Trukikaitis_Postimees, lk 502
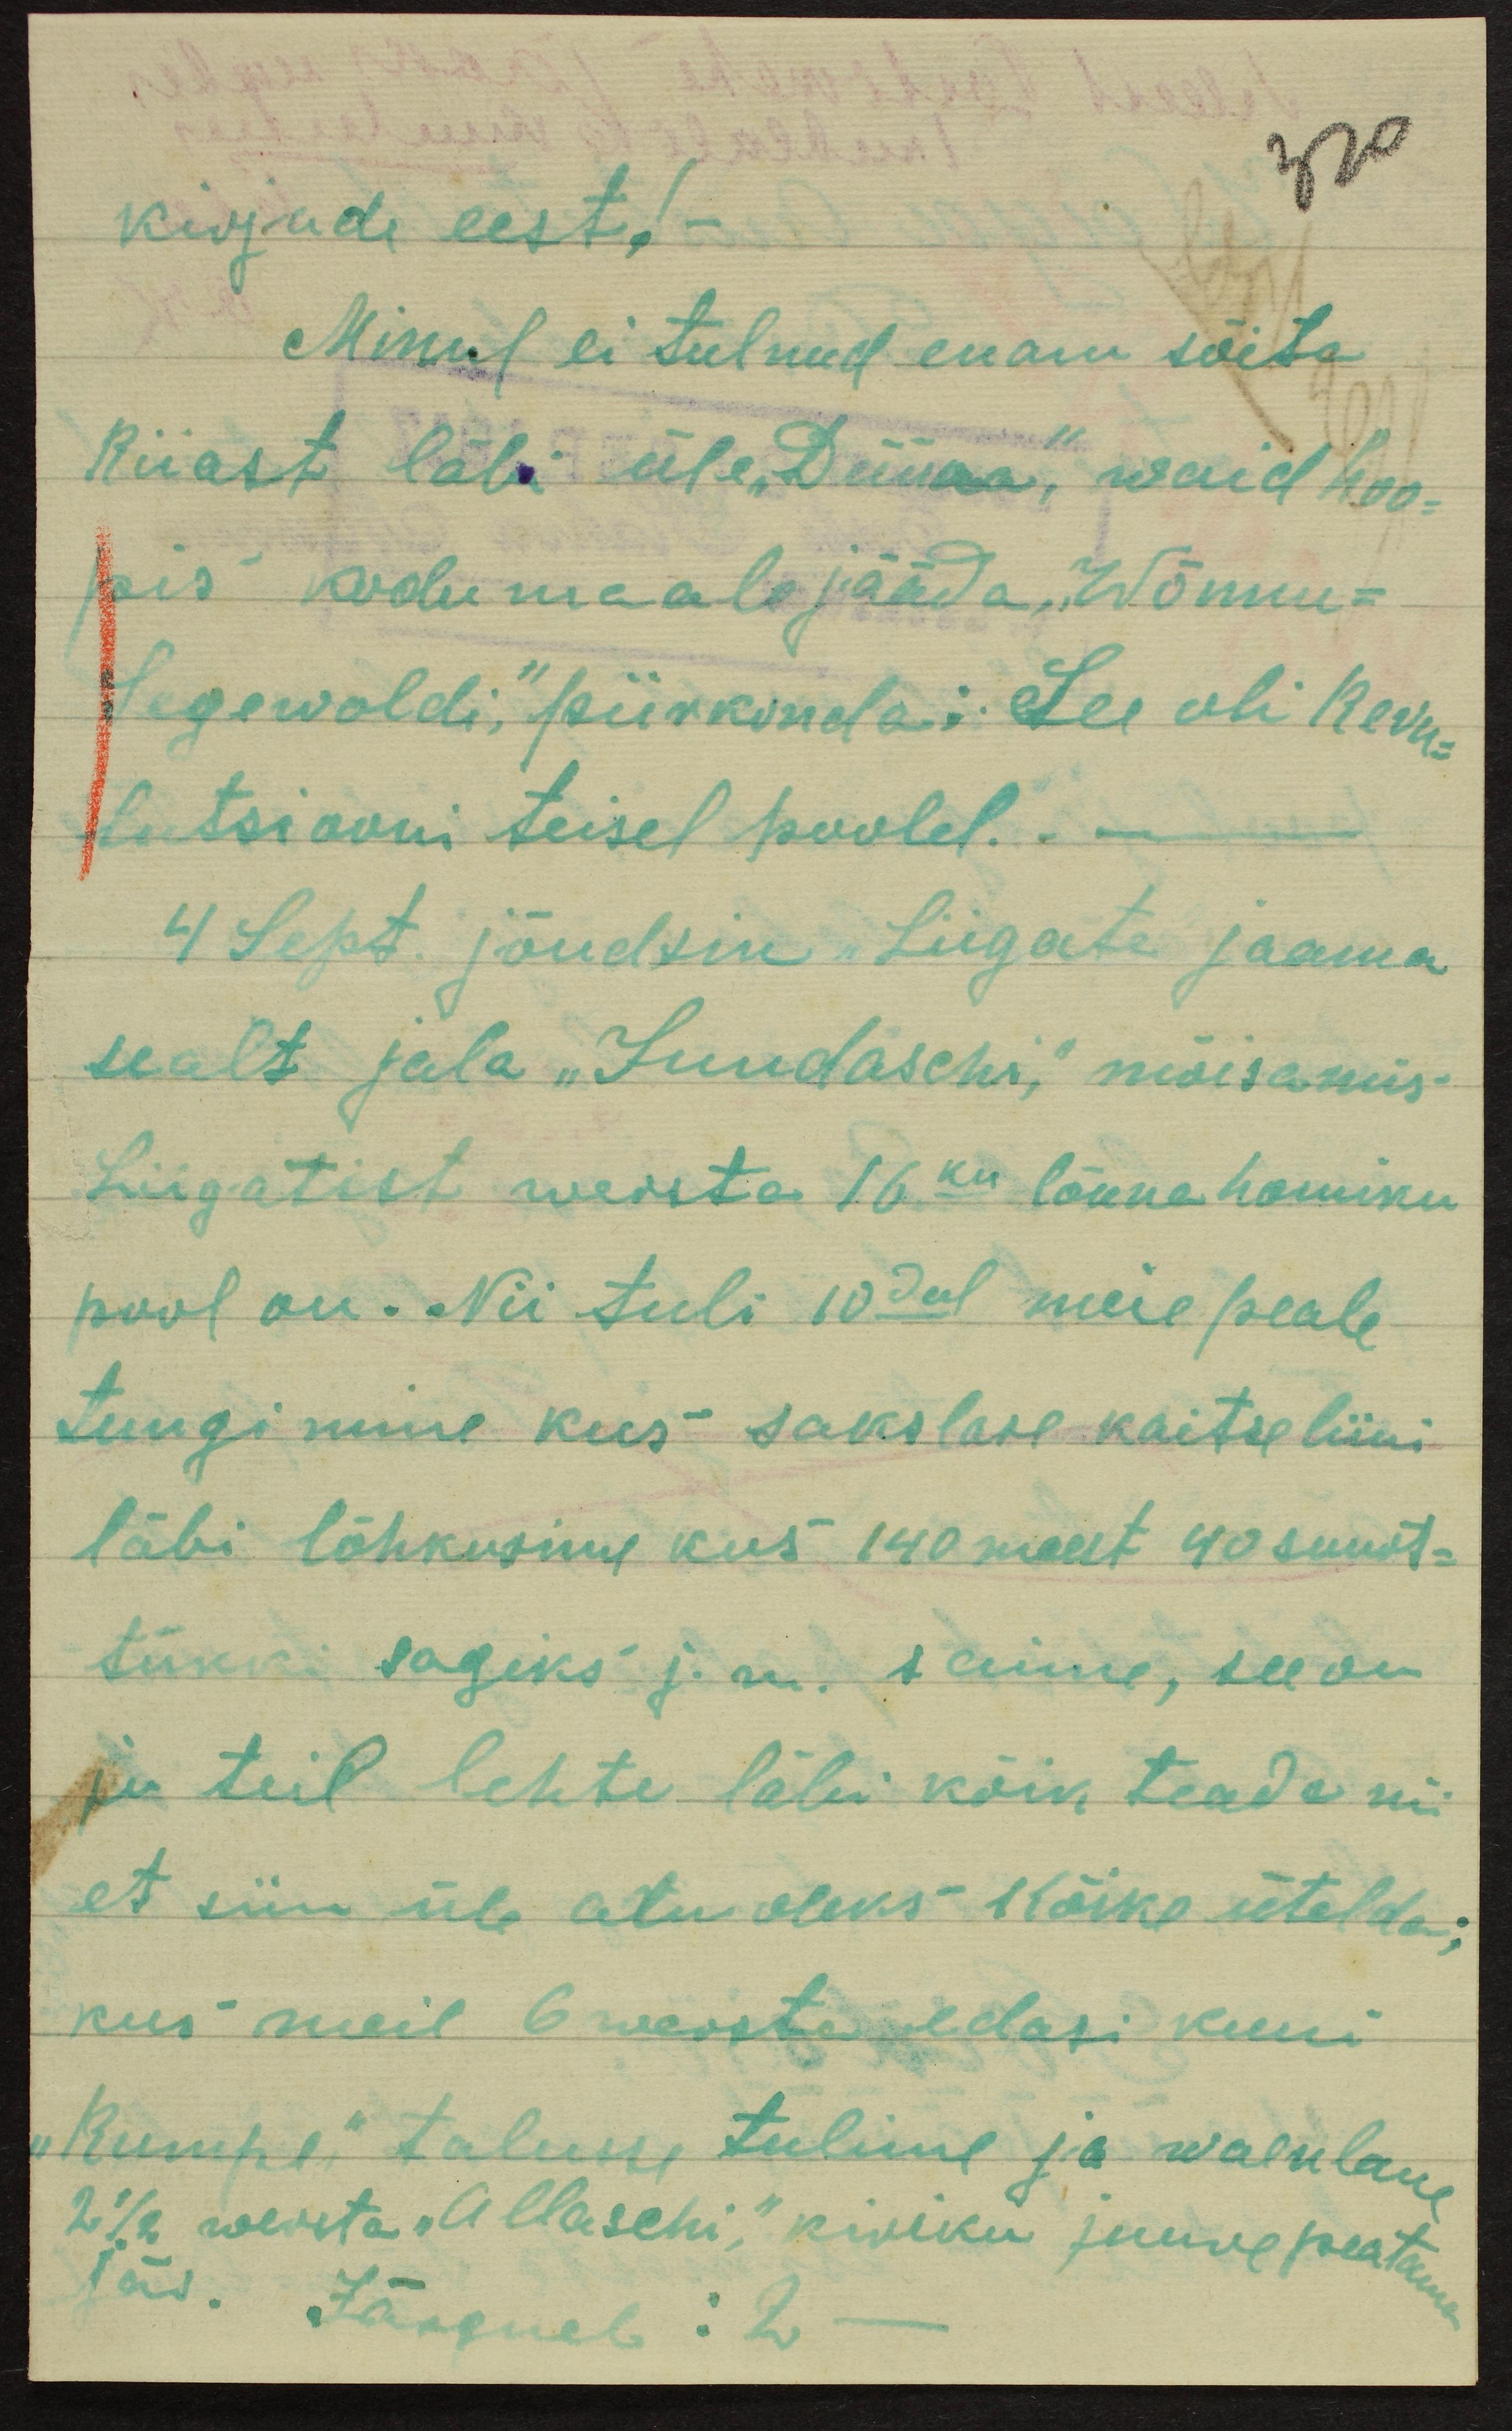
Kirjade eest!-
Minul ei tulnud enam sõita
Riiast läbi üle "Düüna", waid hoo-
pis kodumaale jääda. Wõnnu-
Segewoldi," piirkonda: See oli revu-
lutsiooni teisel poolel. -
4 Sept. jõudsin Liigate jaama
sealt jala "Suudaschi", mõisamis-
Liigatist wersta 16 kui lõuna homiku
pool on. Nii tuli 10dal meie peale
tungimine kus sakslase kaitseliini
läbi lõhkusime kus 140 meest 40 suurt-
tükki sagiks j.m. saime, see on
ju teil lehte läbi kõik teada nii
et siin üle aru oleks kõike ütelda,
kus meil 6 wersta edasi kuni
"Kumpe" talusse tulime ja waenlane
2 1/2 wersta "Allaschi", kiviku juure peatu
Jäs. Järgneb: 2